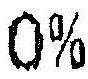
0%